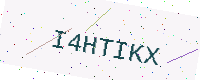
Text: I4HTIKX